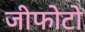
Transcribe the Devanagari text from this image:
जीफोटो